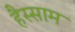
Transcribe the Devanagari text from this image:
हैस्साम